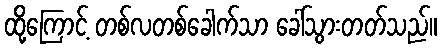
ထို့ကြောင့် တစ်လတစ်ခေါက်သာ ခေါ်သွားတတ်သည်။